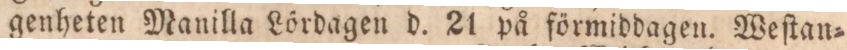
genheten Manilla Lördagen d. 21 på förmiddagen. Weſtan=